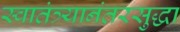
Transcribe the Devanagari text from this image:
स्वातंत्र्यानंतरसुद्धा